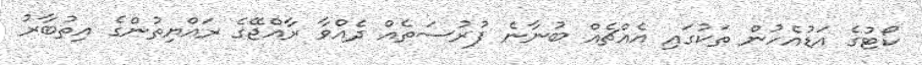
ކޯޓުގެ އަޑުއެހުން ތަކުގައި އެއްޗެއް ބުނާނެ ފުރުސަތެއް ދެއްވާ ރާއްޖޭގެ ރައްޔިތުންގެ އިތުބާރު